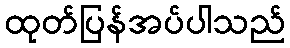
ထုတ်ပြန်အပ်ပါသည်